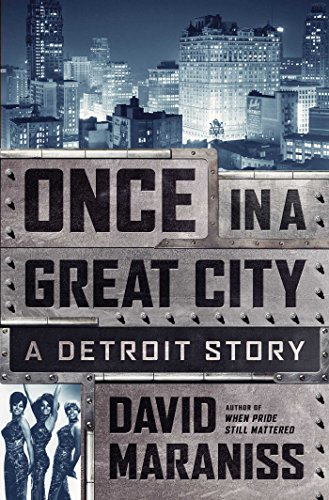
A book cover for Once in a Great City: A Detroit Story; David Maraniss; Arts & Photography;